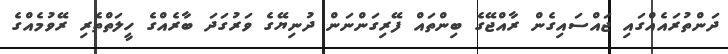
ދަންތުރައެއްގައި ޖައްސައިގެން ރާއްޖޭގެ ބިންތައް ފޭރިގަންނަން ދުނިޔޭގެ ވަރުގަދަ ބާރެއްގެ ހީލަތްތެރި ރޭވުމެއްގެ